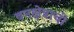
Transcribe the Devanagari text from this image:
वनक्षेत्राची